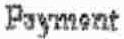
PAYMENT